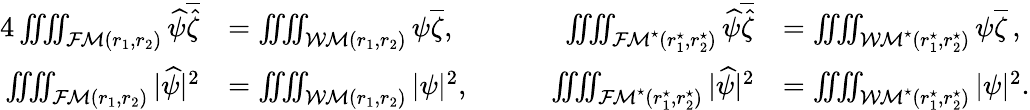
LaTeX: \begin{array}{rlrl}{{4}\iiiint_{{\mathcal{FM}}(r_{1},r_{2})}\widehat\psi\overline{{\widehat\zeta}}}&{=\iiiint_{{\mathcal{WM}}(r_{1},r_{2})}\psi\overline{{\zeta}},\qquad}&{\iiiint_{{\mathcal{FM}^{\star}}(r_{1}^{\star},r_{2}^{\star})}\widehat\psi\overline{{\widehat\zeta}}}&{=\iiiint_{{\mathcal{WM}^{\star}}(r_{1}^{\star},r_{2}^{\star})}\psi\overline{{\zeta}}\, ,}\\ {\iiiint_{{\mathcal{FM}}(r_{1},r_{2})}|\widehat\psi|^{2}}&{=\iiiint_{{\mathcal{WM}}(r_{1},r_{2})}|\psi|^{2},\qquad}&{\iiiint_{{\mathcal{FM}^{\star}}(r_{1}^{\star},r_{2}^{\star})}|\widehat\psi|^{2}}&{=\iiiint_{{\mathcal{WM}^{\star}}(r_{1}^{\star},r_{2}^{\star})}|\psi|^{2}.}\end{array}